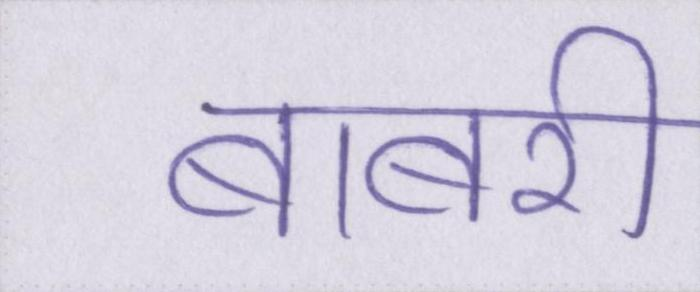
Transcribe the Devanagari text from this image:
बाबरी